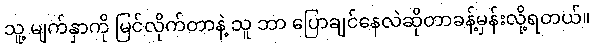
သူ့ မျက်နှာကို မြင်လိုက်တာနဲ့ သူ ဘာ ပြောချင်နေလဲဆိုတာခန့်မှန်းလို့ရတယ်။